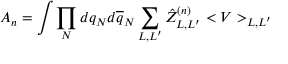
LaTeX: A _ { n } = \int \prod _ { N } d q _ { N } d \overline { { q } } _ { N } \sum _ { L , L ^ { \prime } } \hat { Z } _ { L , L ^ { \prime } } ^ { ( n ) } < V > _ { L , L ^ { \prime } }